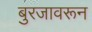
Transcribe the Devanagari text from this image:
बुरजावरून